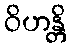
ဝိဟန္တိ